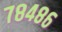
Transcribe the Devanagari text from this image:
७८४८६